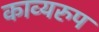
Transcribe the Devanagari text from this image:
काव्यरुप